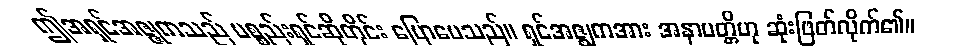
ဤအရှင်အဇ္ဇုကသည် ပစ္စည်းရှင်ဆိုတိုင်း ပြောပေသည်။ ရှင်အဇ္ဈကအား အနာပတ္တိဟု ဆုံးဖြတ်လိုက်၏။